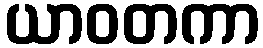
ယာဝတကာ